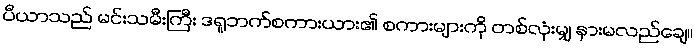
ပီယာသည် မင်းသမီးကြီး ဒရူဘက်စကားယား၏ စကားများကို တစ်လုံးမျှ နားမလည်ချေ။